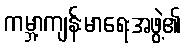
ကမ္ဘာ့ကျန်းမာရေးအဖွဲ့၏